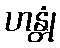
ဟန္တုံ